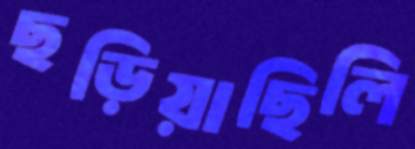
ছড়িয়াছিলি